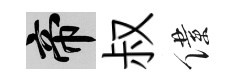
帝叔僕